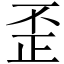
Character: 歪